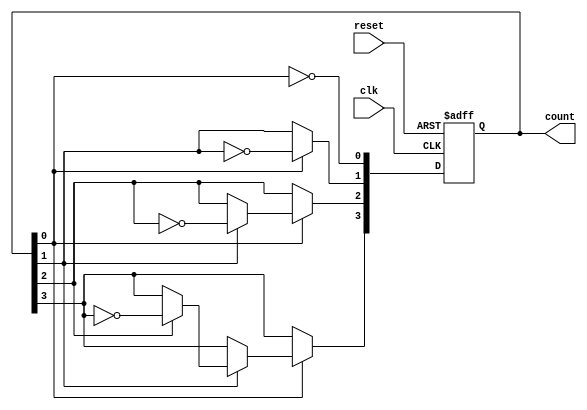
module async_ripple_counter (
    input wire clk,    // Clock input for the first flip-flop
    input wire reset,  // Asynchronous reset signal
    output reg [3:0] count // 4-bit counter output
);

// Flip-flops for the counter, represented using always block
always @(posedge clk or posedge reset) begin
    if (reset) begin
        count <= 4'b0000; // Reset counter to 0
    end else begin
        count[0] <= ~count[0]; // Toggle LSB
        if (count[0]) begin
            count[1] <= ~count[1]; // Toggle next bit if LSB is 1
            if (count[1]) begin
                count[2] <= ~count[2]; // Toggle next bit if bit 1 is 1
                if (count[2]) begin
                    count[3] <= ~count[3]; // Toggle MSB if bit 2 is 1
                end
            end
        end
    end
end

endmodule